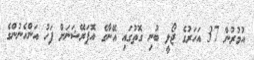
އުމުރުން 37 އަހަރުގެ ޖޯލީ ބުނި ގޮތުގައި އޭނާގެ އޮޕަރޭޝަނަށް ފަހު އަންހެނުންގެ